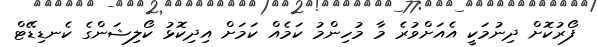
ފޯރުކޮށް ދިނުމަކީ އެއަށްވުރެ މާ މުހިންމު ކަމެއް ކަމަށް އިދިކޮޅު ކޯލިޝަންގެ ކެނޑިޑޭޓް